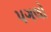
પગલો